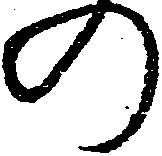
の